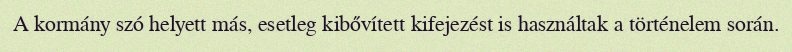
A kormány szó helyett más, esetleg kibővített kifejezést is használtak a történelem során.